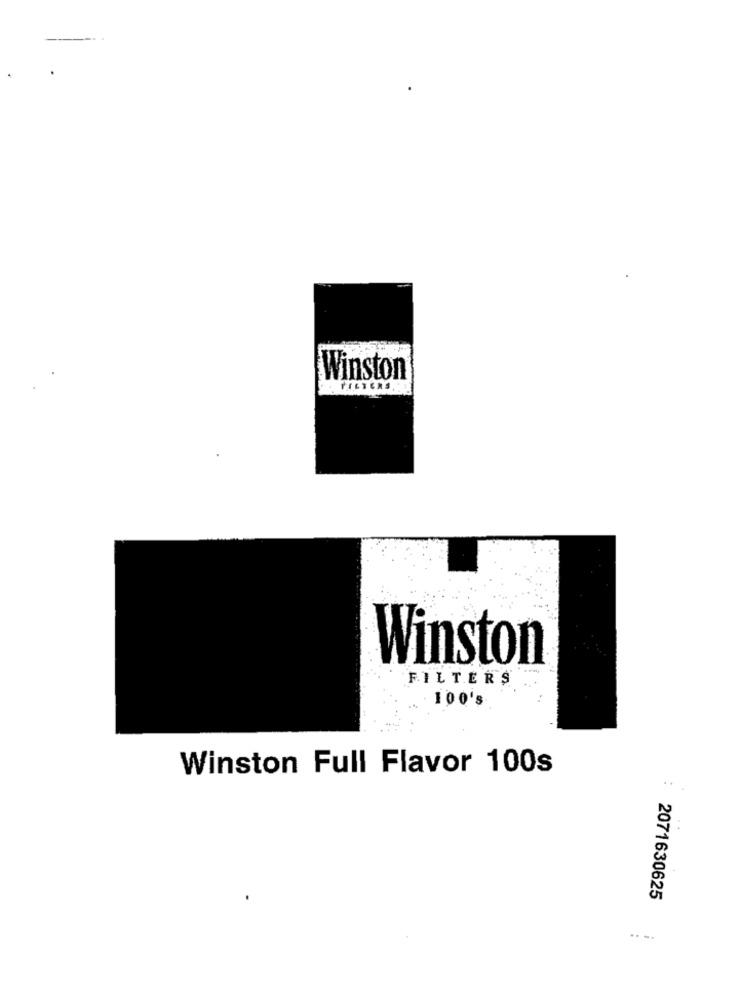
Winston
Winston
FILTERS
100's
Winston Full Flavor 100s
..
2071630625